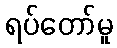
ရပ်တော်မူ